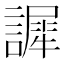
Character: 䜄